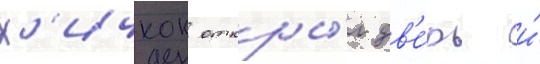
Х'ичкок откры́л дв'е́рь и́